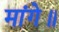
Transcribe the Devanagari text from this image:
मांगे॥